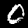
Label: 0